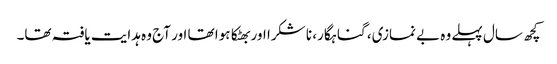
کچھ سال پہلے وہ بے نمازی، گناہگار، نا شکرا اور بھٹکا ہوا تھا اور آج وہ ہدایت یافتہ تھا۔